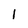
Character: 1